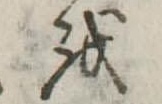
を